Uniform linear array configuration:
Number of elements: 12
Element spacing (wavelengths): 0.25
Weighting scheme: hann
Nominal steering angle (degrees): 45
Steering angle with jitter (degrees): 45.991
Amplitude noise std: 0.05
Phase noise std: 0.05

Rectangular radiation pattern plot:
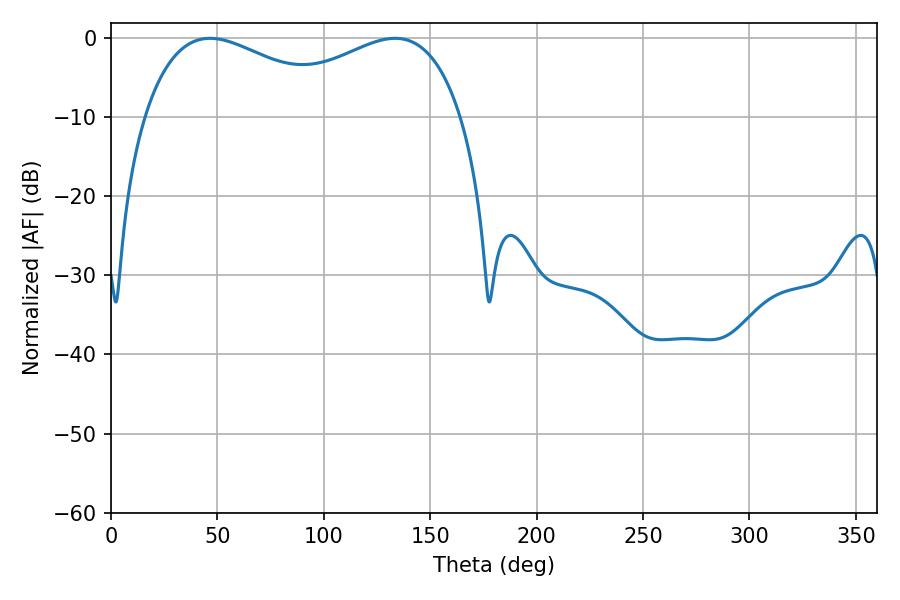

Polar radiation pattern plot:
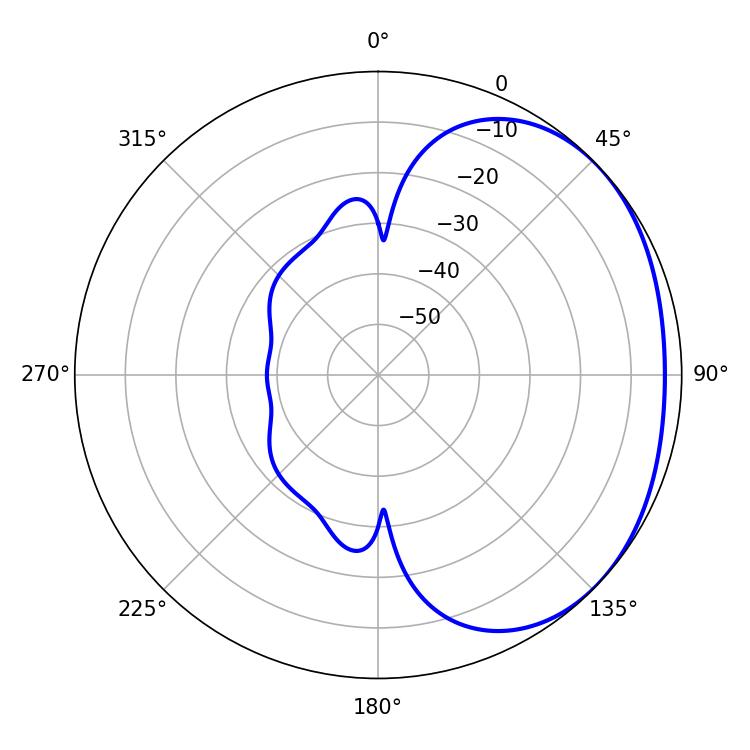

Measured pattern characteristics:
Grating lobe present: FALSE
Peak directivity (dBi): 1.827
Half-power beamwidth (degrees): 52.92
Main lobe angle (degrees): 46.44